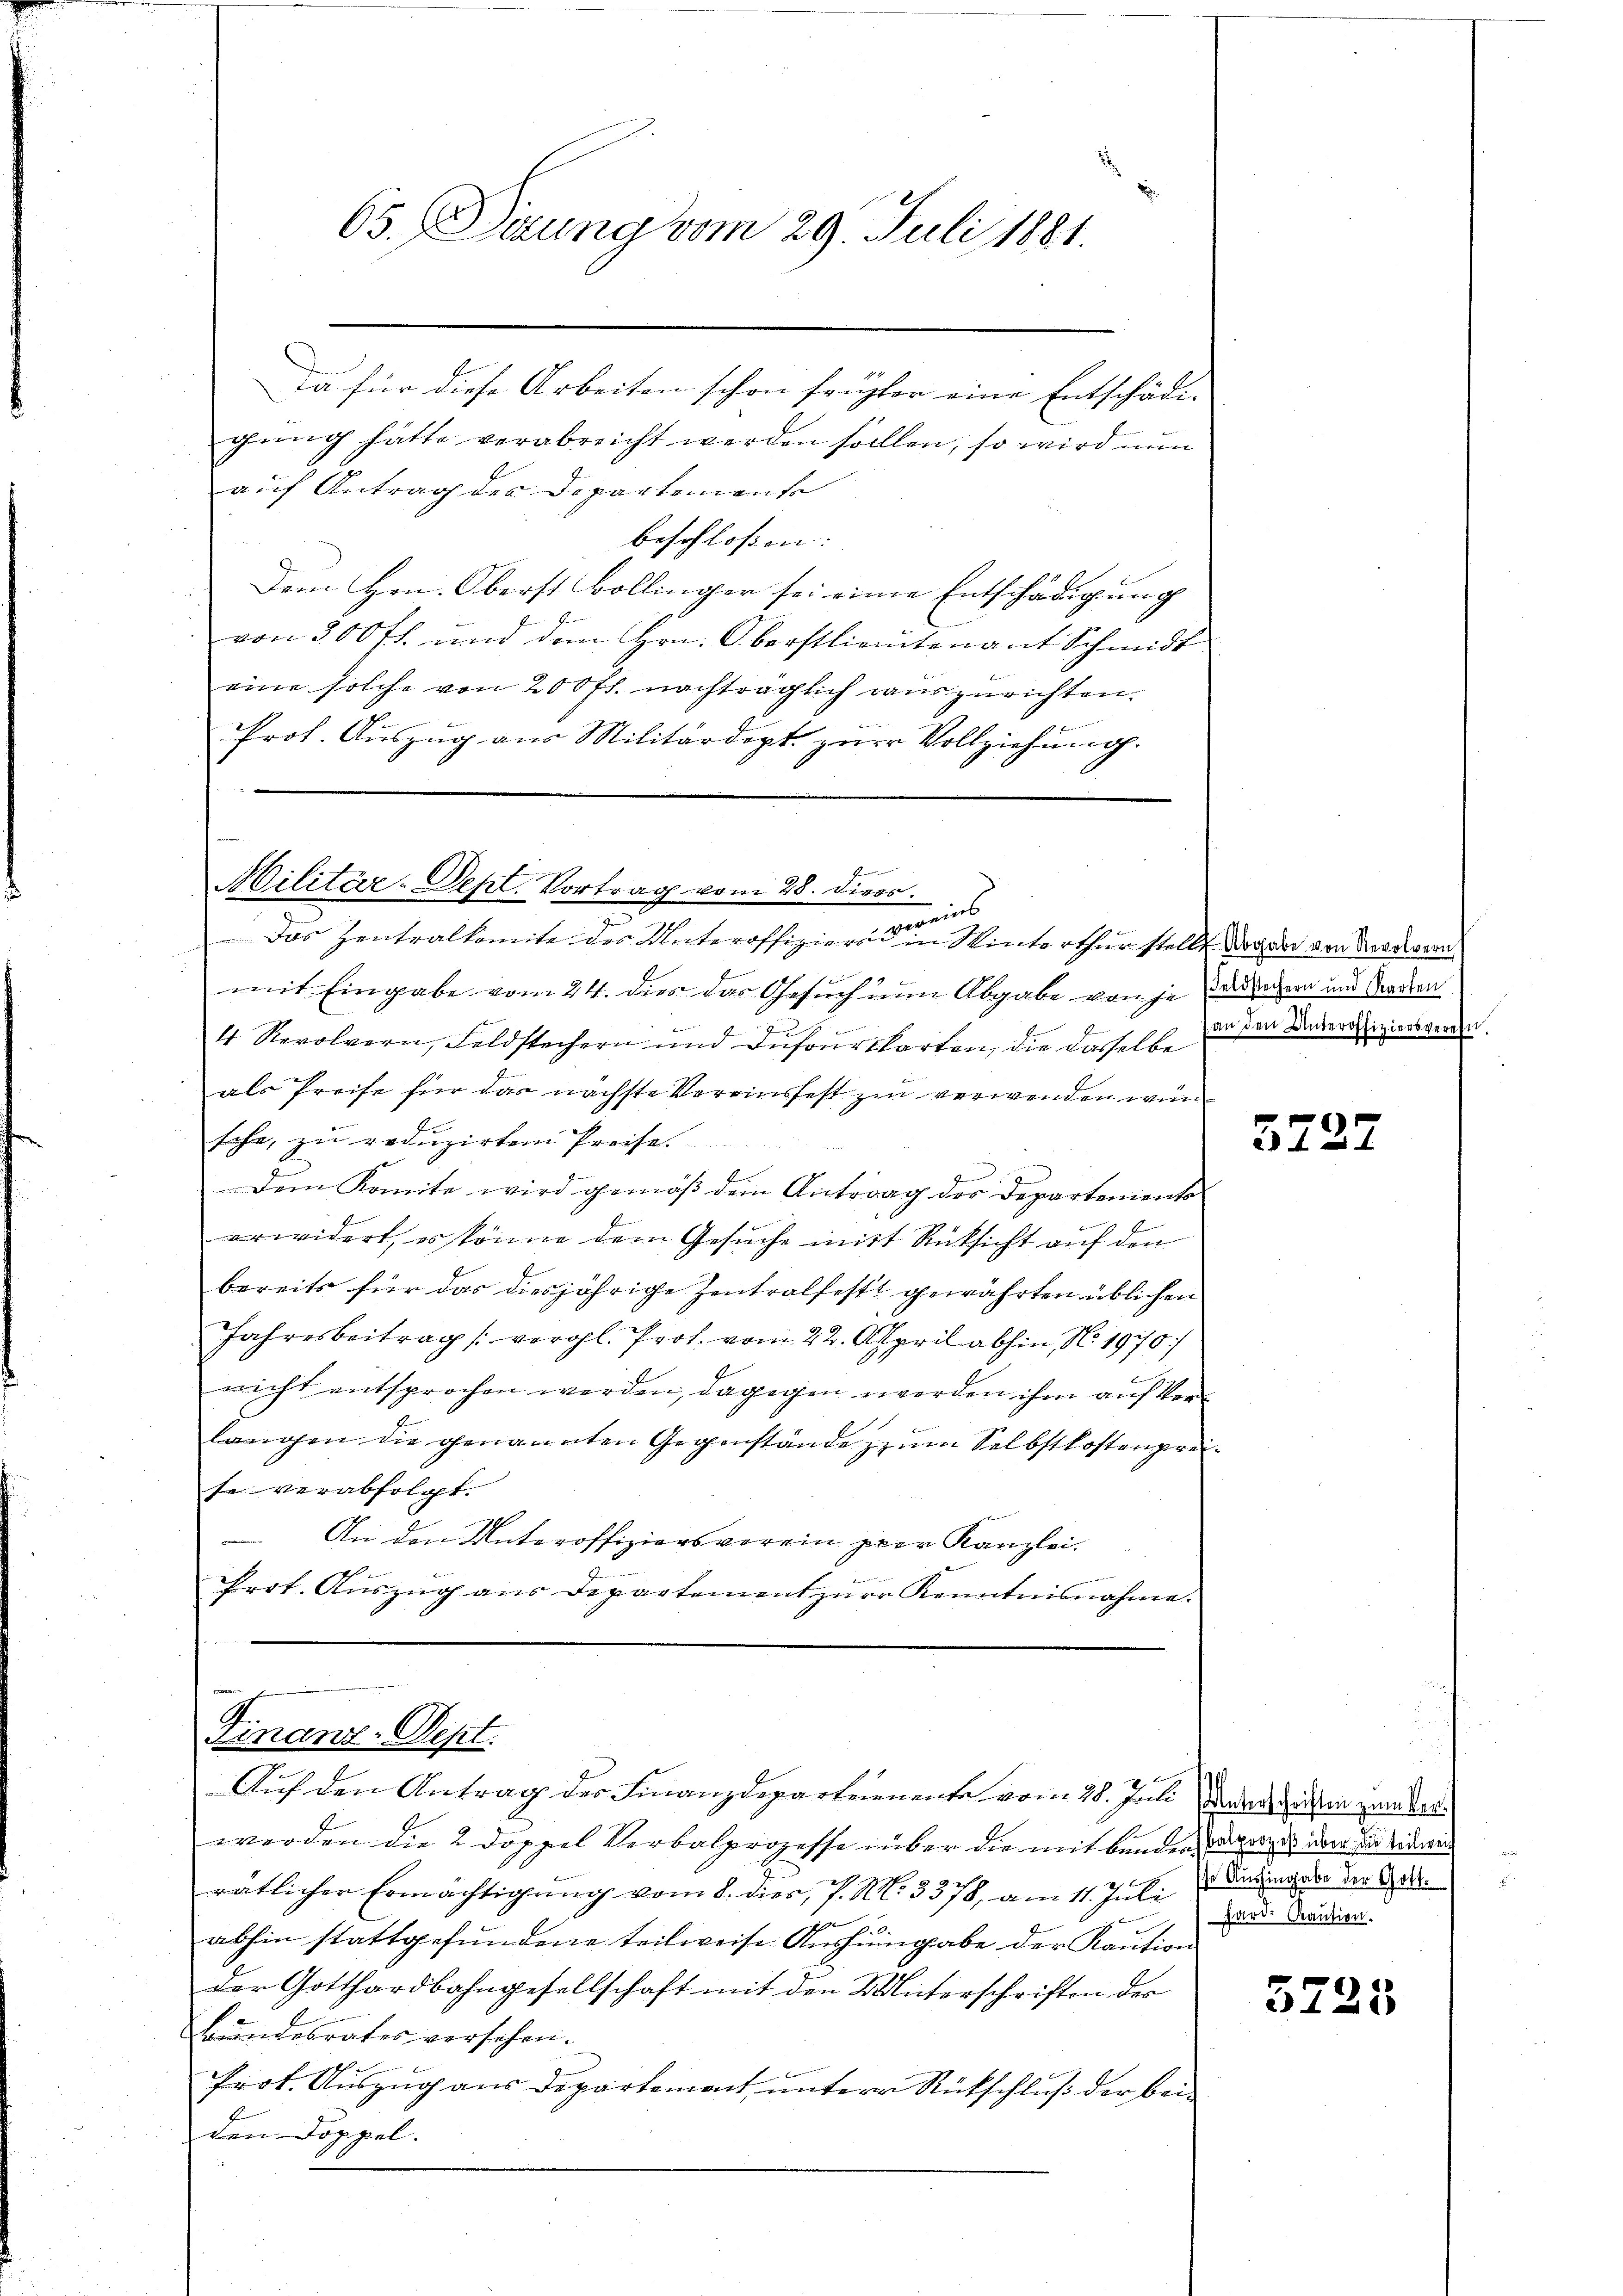
65. Dizung vom 29. Juli 1881.

dem
da für diese Arbeiten schon früher eine Entschädi-
gung hätte verabreicht werden sollen, so wird nun
auf Antrag der Departemente
beschlossen. |
Dem Hrn. Oberst Bollinger sei einen Entschädigung
von 300 fl. und dem Hrn. Oberstlieutenant Schmidt
eine solche von 200 fl. nachträglich rauszurichten.
Prof. Auszug aus Militärdept zur Vollziehung.

een einer
Militär-Sept. Vortrag vom 28. Divos.
omnmeis

Das Zentralkomite des Unteroffizieren in Winterthur stellt. Dogabe von Verordern
94
mit Eingabe vom 24. dies das Gesuch nun Abgabe von jedergern und Baden
4 Revolvern, Feldstechern und Dufourskarten, die dasselbe
als Preise für das nächste Vereinsfest zu verwenden wir
sche, zŭ redŭzirten Preise.
Dem Komite wird gemäβ dem Antrag des Departenients
erwidert, es könne dem Gesŭche mit Rücksicht auf den
bereits für das diesjährige Zentralfestt gewährten üblichen
Jahresbeitrag (vergl. Prof. vom 22. April abhin, No. 1970/
richt entsprochen werden, dagegen werden ihm auf Verlargen die genannten Gegenstände zum Selbstkostenprete verabfolgt.
An den Unteroffiziersverein prer Kanzlei.
4
Prot. Auszug aus Departement zur Kenntnisnahme.

inen Ein
Finanz-Sept.
Auf den Antrag der Finanzdeparteienente vom 28. Juli dann gegen zu der

werden die 2 Doppel Verbalprozesse über die mit bunden ganzes über die Einwir
rätlicher Ermächtigung vom 8. dies, P. N. 3578, am 11. Juli dasiger der Ge
abhin stattgefundene teilweise Aushingabe der Kaution
der Gotthardbahngesellschaft mit den Unterschriften des
Bundesrates versehen.
Prot. Auszug aus Departement unterer Rückschluß der beiden Doppel.

an den Unteroffiziersverein.

3727

hart. Kaution.

3723